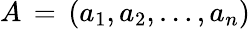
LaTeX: A\, =\, (a_{1},a_{2},\dots,a_{n})